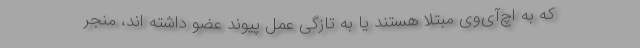
که به اچ‌آی‌وی مبتلا هستند یا به تازگی عمل پیوند عضو داشته اند، منجر